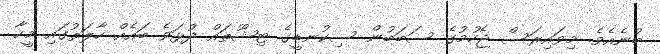
ބުނެއެވެ. މިވައިރަސް ޖެހުމުގެ ސަބަބުން ސިކުނޑީގެ ޓިޝޫތައް ދުޅަވެ ބައެއް ހާލަތުގައި މީހާ